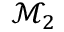
\mathcal { M } _ { 2 }